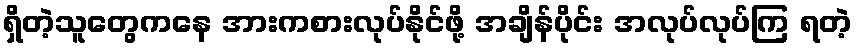
ရှိတဲ့သူတွေကနေ အားကစားလုပ်နိုင်ဖို့ အချိန်ပိုင်း အလုပ်လုပ်ကြ ရတဲ့